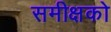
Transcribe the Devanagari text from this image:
समीक्षको